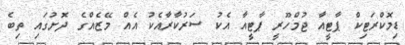
ޑިމޮކްރަޓިކް ޕާޓީއާ ޖުމްހޫރީ ޕާޓީއާ އެކު ސަރުކާރާއެކު އެއް މޭޒެއްގެ ދޮށުގައި ތިބެ